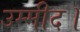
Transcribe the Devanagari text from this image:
उम्मीद।